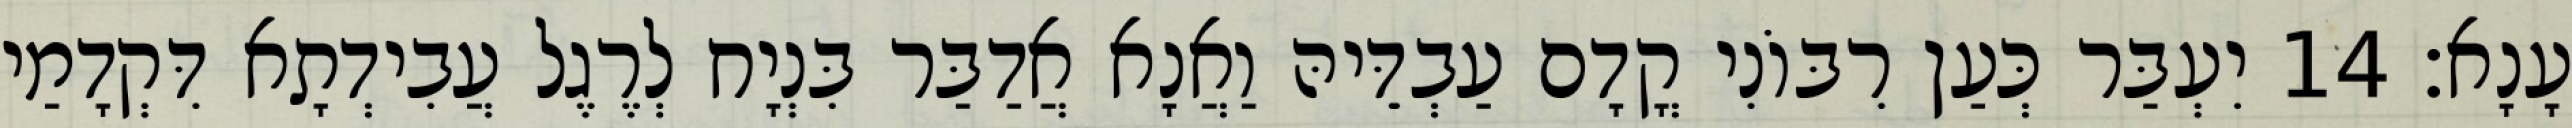
עָנָא׃ 14 יִעְבַּר כְּעַן רִבּוֹנִי קֳדָם עַבְדֵּיהּ וַאֲנָא אֲדַבַּר בִּנְיָח לְרֶגֶל עֲבִידְתָא דִּקְדָמַי